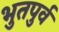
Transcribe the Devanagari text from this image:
भुतपुर्व